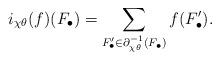
LaTeX: \begin{align*} i_{\chi\theta}(f)(F_\bullet) = \sum_{F'_\bullet\in\partial_{\chi\theta}^{-1}(F_\bullet)} f(F'_\bullet).\end{align*}